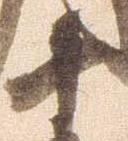
十